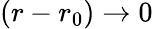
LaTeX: (r-r_{0})\to 0